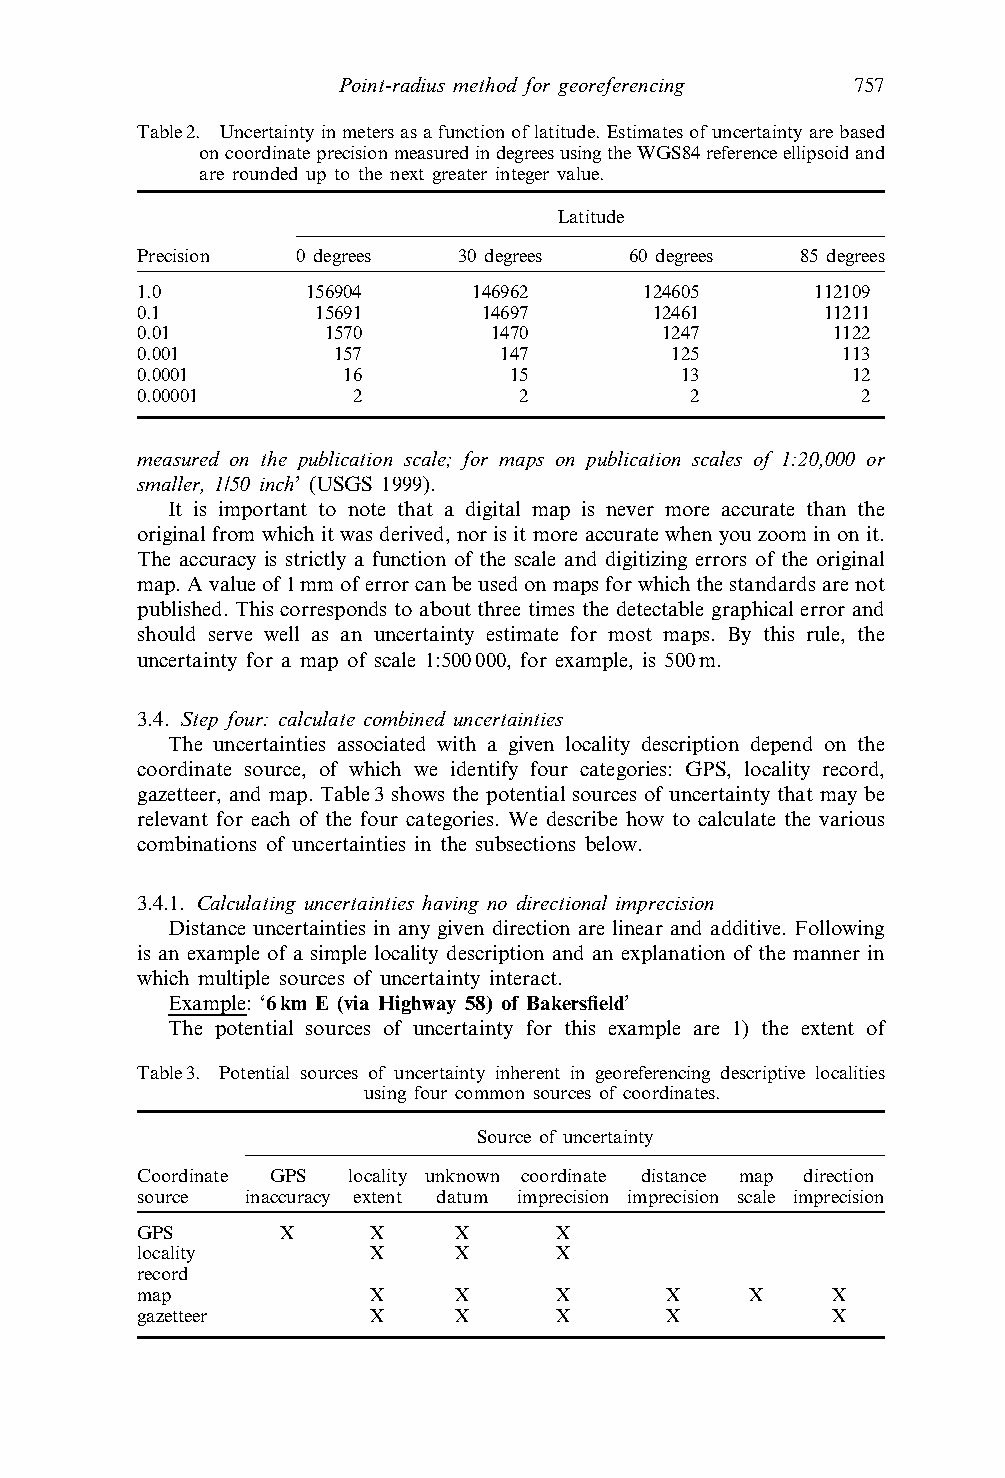
Point-radius method for georeferencing 757
 Table2. Uncertaintyinmetersasafunctionoflatitude.Estimatesofuncertaintyarebased
 oncoordinateprecisionmeasuredindegreesusingtheWGS84referenceellipsoidand
 are rounded up to the next greater integer value.
 Latitude
 Precision  0 degrees 30 degrees  60 degrees 85 degrees
 1.0        156904     146962      124605     112109
 0.1         15691      14697      12461      11211
 0.01        1570       1470        1247       1122
 0.001        157        147        125         113
 0.0001        16         15         13         12
 0.00001       2          2           2          2
 measured on the publication scale; for maps on publication scales of 1:20,000 or
 smaller, 1/50 inch’ (USGS 1999).
 It is important to note that a digital map is never more accurate than the
 originalfrom which it was derived, nor is it more accurate when you zoom in on it.
 The accuracy is strictly a function of the scale and digitizing errors of the original
 map.Avalueof1mmoferrorcanbeusedonmapsforwhichthestandardsarenot
 published. This corresponds to about three times the detectable graphical error and
 should serve well as an uncertainty estimate for most maps. By this rule, the
 uncertainty for a map of scale 1:500000, for example, is 500m.
 3.4. Step four: calculate combined uncertainties
 The uncertainties associated with a given locality description depend on the
 coordinate source, of which we identify four categories: GPS, locality record,
 gazetteer, and map. Table3 shows the potential sources of uncertainty that may be
 relevant for each of the four categories. We describe how to calculate the various
 combinations of uncertainties in the subsections below.
 3.4.1. Calculating uncertainties having no directional imprecision
 Distance uncertainties in any given direction are linear and additive. Following
 is an example of a simple locality description and an explanation of the manner in
 which multiple sources of uncertainty interact.
 Example: ‘6km E (via Highway 58) of Bakersfield’
 The potential sources of uncertainty for this example are 1) the extent of
 Table3. Potential sources of uncertainty inherent in georeferencing descriptive localities
 using four common sources of coordinates.
 Source of uncertainty
 Coordinate GPS locality unknown coordinate distance map direction
 source inaccuracy extent datum imprecision imprecision scale imprecision
 GPS       X     X    X      X
 locality        X    X      X
 record
 map             X    X      X      X     X    X
 gazetteer       X    X      X      X          X